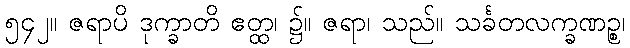
၅၄၂။ ဇရာပိ ဒုက္ခာတိ ဧတ္ထ၊ ၌။ ဇရာ၊ သည်။ သင်္ခတလက္ခဏဉ္စ၊